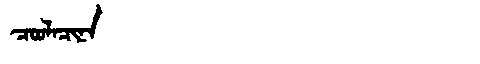
Manchu: ᠴᠣᠣᠯᠠᠴᡳᠨᠠ
Romanization: COOLACINA